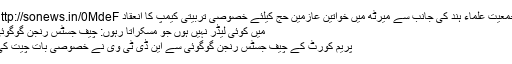
جمعیت علماء ہند کی جانب سے میرٹھ میں خواتین عازمین حج کیلئے خصوصی تربیتی کیمپ کا انعقاد http://sonews.in/0MdeF
میں کوئی لیڈر نہیں ہوں جو مسکراتا رہوں: چیف جسٹس رنجن گوگوئی
پریم کورٹ کے چیف جسٹس رنجن گوگوئی سے این ڈی ٹی وی نے خصوصی بات چیت کی۔